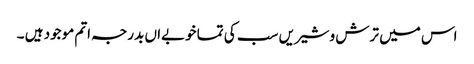
اس میں ترش وشیریں سب کی تما خوبےاں بدرجہ اتم موجود ہیں ۔